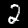
Digit: 2